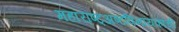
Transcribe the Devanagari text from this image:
महाराष्ट्अष्टविनायकांची